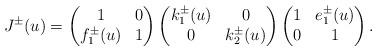
LaTeX: \begin{align*}J^{\pm}(u)=\begin{pmatrix} 1&0\\f_{1}^{\pm}(u)&1\end{pmatrix}\begin{pmatrix} k_{1}^{\pm}(u)&0\\0&k_{2}^{\pm}(u)\end{pmatrix}\begin{pmatrix} 1&e_{1}^{\pm}(u)\\0&1\end{pmatrix}.\end{align*}